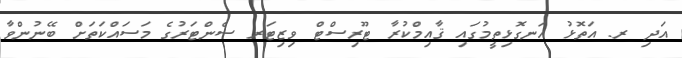
އަދި ރ. އަތޮޅު އަނގޮޅިތީމުގައި ޤާއިމްކުރާ ޓޫރިސްޓް ވިޒިޓަރ ސެންޓަރުގެ މަސައްކަތަށް ބޭނުންވާ